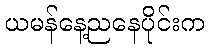
ယမန်နေ့ညနေပိုင်းက